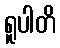
ရူပါတိ